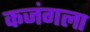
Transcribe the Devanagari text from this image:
कजंगला